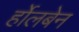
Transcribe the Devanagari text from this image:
र्होलबेन